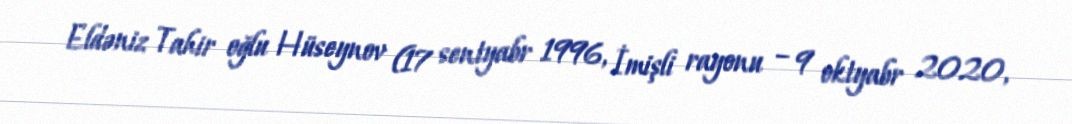
Eldəniz Tahir oğlu Hüseynov (17 sentyabr 1996, İmişli rayonu – 9 oktyabr 2020,